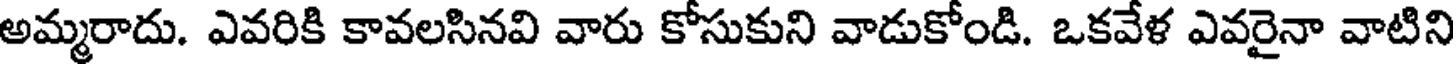
అమ్మరాదు. ఎవరికి కావలసినవి వారు కోసుకుని వాడుకోండి. ఒకవేళ ఎవరైనా వాటిని